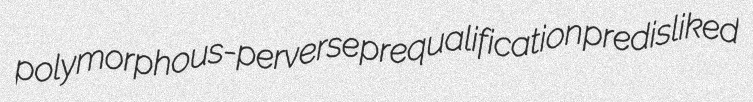
polymorphous-perverse prequalification predisliked